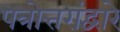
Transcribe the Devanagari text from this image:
पत्रोत्तरांद्वारे